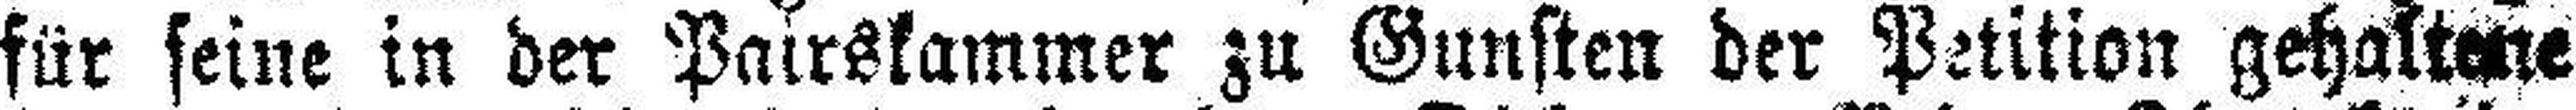
für seine in der Pairskammer zu Gunsten der Petition gehaltene